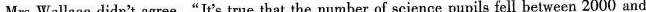
Mrs Wallace didn't agree."It's true that the number of science pupils fell between 2000 and